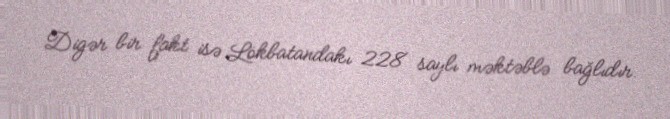
Digər bir fakt isə Lökbatandakı 228 saylı məktəblə bağlıdır.